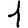
Digit: 1